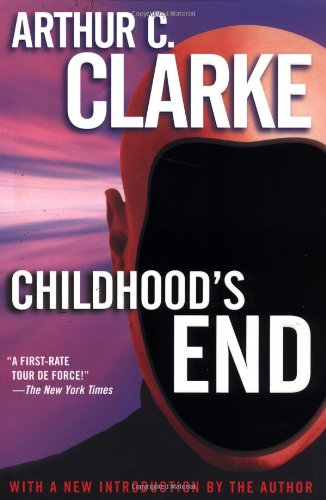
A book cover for Childhood's End (Del Rey Impact); Arthur C. Clarke; Science Fiction & Fantasy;